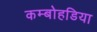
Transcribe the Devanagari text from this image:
कम्बोहडिया